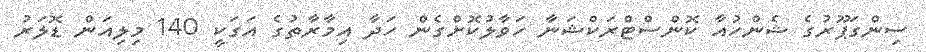
ސިންގަޕޫރުގެ ޝެންހުއާ ކޮންސްޓްރަކްޝަނާ ހަވާލުކޮށްގެން ހަދާ އިމާރާތުގެ އަގަކީ 140 މިލިއަން ޑޮލަރު